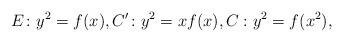
LaTeX: \begin{align*}E \colon y^2=f(x),C' \colon y^2=xf(x),C : y^2=f(x^2),\end{align*}